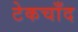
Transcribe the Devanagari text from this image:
टेकचाँद